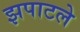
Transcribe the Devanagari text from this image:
झपाटले